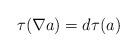
LaTeX: \begin{align*} \tau(\nabla a) = d \tau(a) \end{align*}